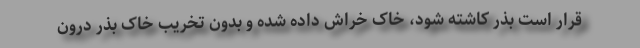
قرار است بذر کاشته شود، خاک خراش داده شده و بدون تخریب خاک بذر درون